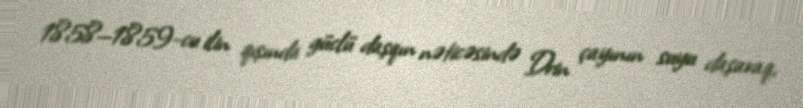
1858—1859-cu ilin qışında güclü daşqın nəticəsində Drin çayının suyu daşaraq,